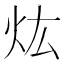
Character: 𤆠